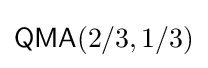
{\mathsf {QMA}}({2}/{3},1/3)